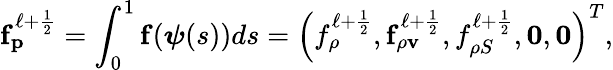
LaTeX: \mathbf{f}_{\mathbf{p}}^{\ell+\frac{1}{2}}=\int_{0}^{1}\mathbf{f}(\boldsymbol{\psi}(s))ds=\left(f_{\rho}^{\ell+\frac{1}{2}},\mathbf{f}_{\rho\mathbf{v}}^{\ell+\frac{1}{2}},f_{\rho S}^{\ell+\frac{1}{2}},\mathbf{0},\mathbf{0}\right)^{T},